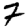
Digit: 7